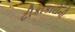
ટીકાકારોની